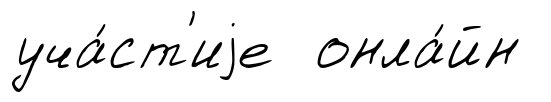
уча́ст'иjе онла́йн